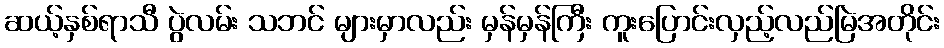
ဆယ့်နှစ်ရာသီ ပွဲလမ်း သဘင် များမှာလည်း မှန်မှန်ကြီး ကူးပြောင်းလှည့်လည်မြဲအတိုင်း